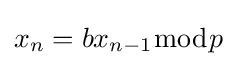
x_{n}=bx_{n-1}{\bmod {p}}